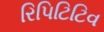
રિપિટિટિવ